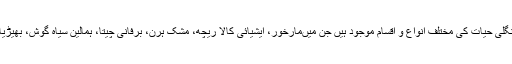
ان علاقوں میں قیمتی جنگلی حیات کی مختلف انواع و اقسام موجود ہیں جن میںمارخور، ایشیائی کالا ریچھ، مشک ہرن، برفانی چیتا، ہمالین سیاہ گوش، بھیڑیا، اور گلہری شامل ہیں۔